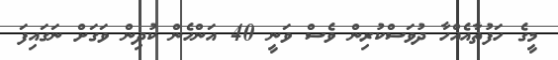
މީގެ ހަފުތާއެއްހާ ދުވަސްކުރިން ވެސް ވަނީ 40 އަންހެން ކުދިން ވަގަށް ނަގައިފަ